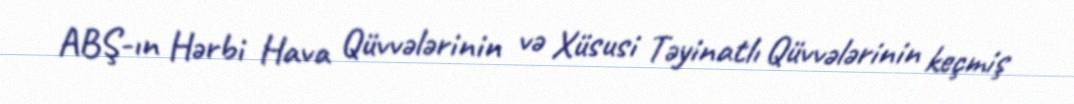
ABŞ-ın Hərbi Hava Qüvvələrinin və Xüsusi Təyinatlı Qüvvələrinin keçmiş